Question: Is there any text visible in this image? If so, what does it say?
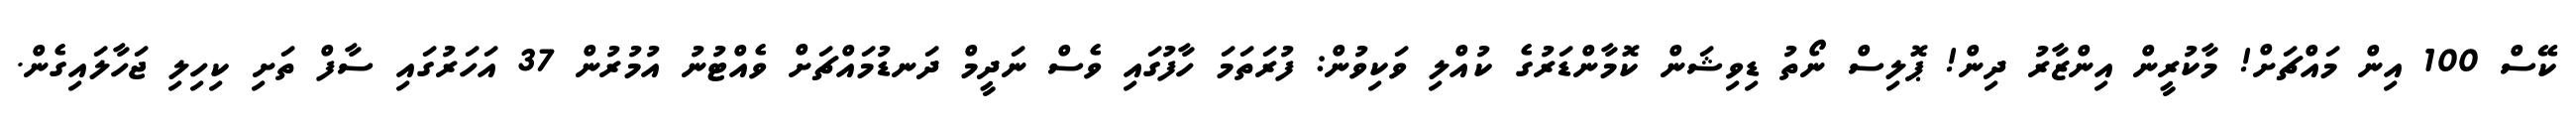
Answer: ކޭސް 100 އިން މައްޗަށް! މާކުރީން އިންޒާރު ދިން! ޕޮލިސް ނޯތު ޑިވިޝަން ކޮމާންޑަރުގެ ކުއްލި ވަކިވުން: ފުރަތަމަ ހާފުގައި ވެސް ނަދީމް ދަނޑުމައްޗަށް ވެއްޓުނު އުމުރުން 37 އަހަރުގައި ސާފް ތަށި ކިހިލި ޖަހާލައިގެން.